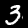
Digit: 3